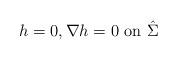
LaTeX: \begin{align*}h=0, \nabla h=0 \mbox{ on } \hat \Sigma\end{align*}